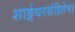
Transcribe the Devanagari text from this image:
शार्ङ्गधरसंहितेचा